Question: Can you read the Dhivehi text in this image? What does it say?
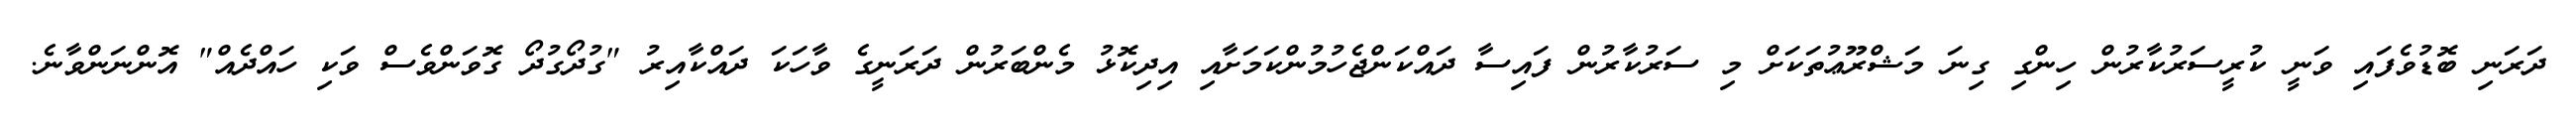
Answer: ދަރަނި ބޮޑުވެފައި ވަނީ ކުރީސަރުކާރުން ހިންގި ގިނަ މަޝްރޫޢުތަކަށް މި ސަރުކާރުން ފައިސާ ދައްކަންޖެހުމުންކަމަށާއި އިދިކޮޅު މެންބަރުން ދަރަނީގެ ވާހަކަ ދައްކާއިރު "ގުދޯގުދޯ ގޮވަންވެސް ވަކި ހައްދެއް" އޮންނަންވާނެ.